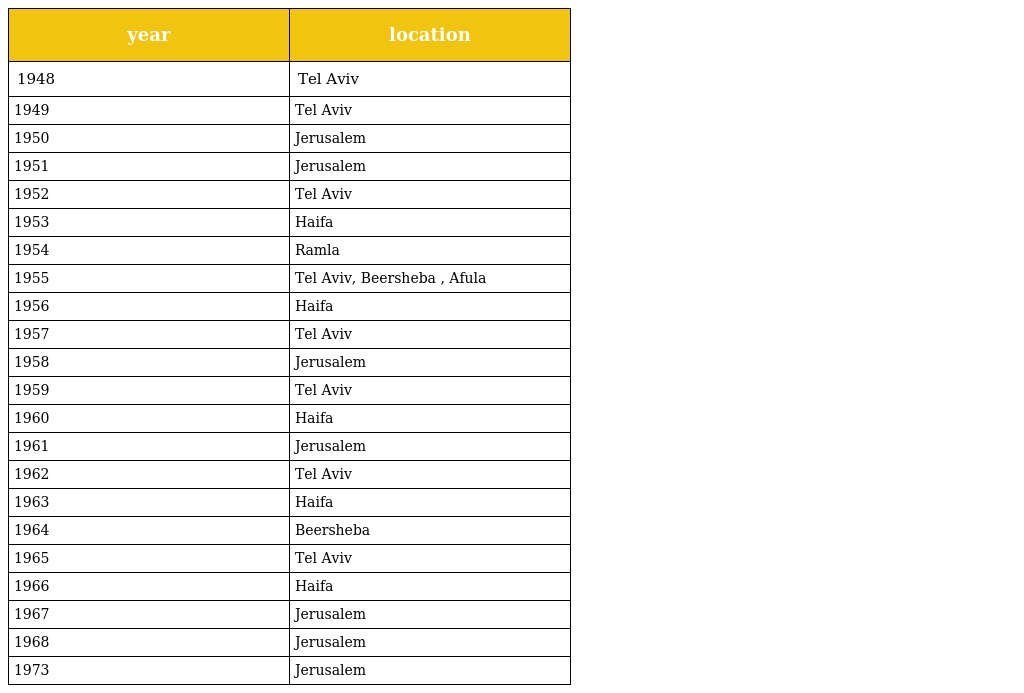
| year | location |
 | --- | --- |
 | 1948 | Tel Aviv |
 | 1949 | Tel Aviv |
 | 1950 | Jerusalem |
 | 1951 | Jerusalem |
 | 1952 | Tel Aviv |
 | 1953 | Haifa |
 | 1954 | Ramla |
 | 1955 | Tel Aviv, Beersheba , Afula |
 | 1956 | Haifa |
 | 1957 | Tel Aviv |
 | 1958 | Jerusalem |
 | 1959 | Tel Aviv |
 | 1960 | Haifa |
 | 1961 | Jerusalem |
 | 1962 | Tel Aviv |
 | 1963 | Haifa |
 | 1964 | Beersheba |
 | 1965 | Tel Aviv |
 | 1966 | Haifa |
 | 1967 | Jerusalem |
 | 1968 | Jerusalem |
 | 1973 | Jerusalem |